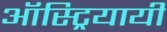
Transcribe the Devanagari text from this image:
ऑस्ट्रियायी